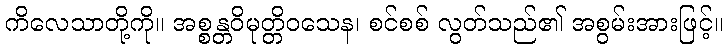
ကိလေသာတို့ကို။ အစ္စန္တဝိမုတ္တိဝသေန၊ စင်စစ် လွတ်သည်၏ အစွမ်းအားဖြင့်။